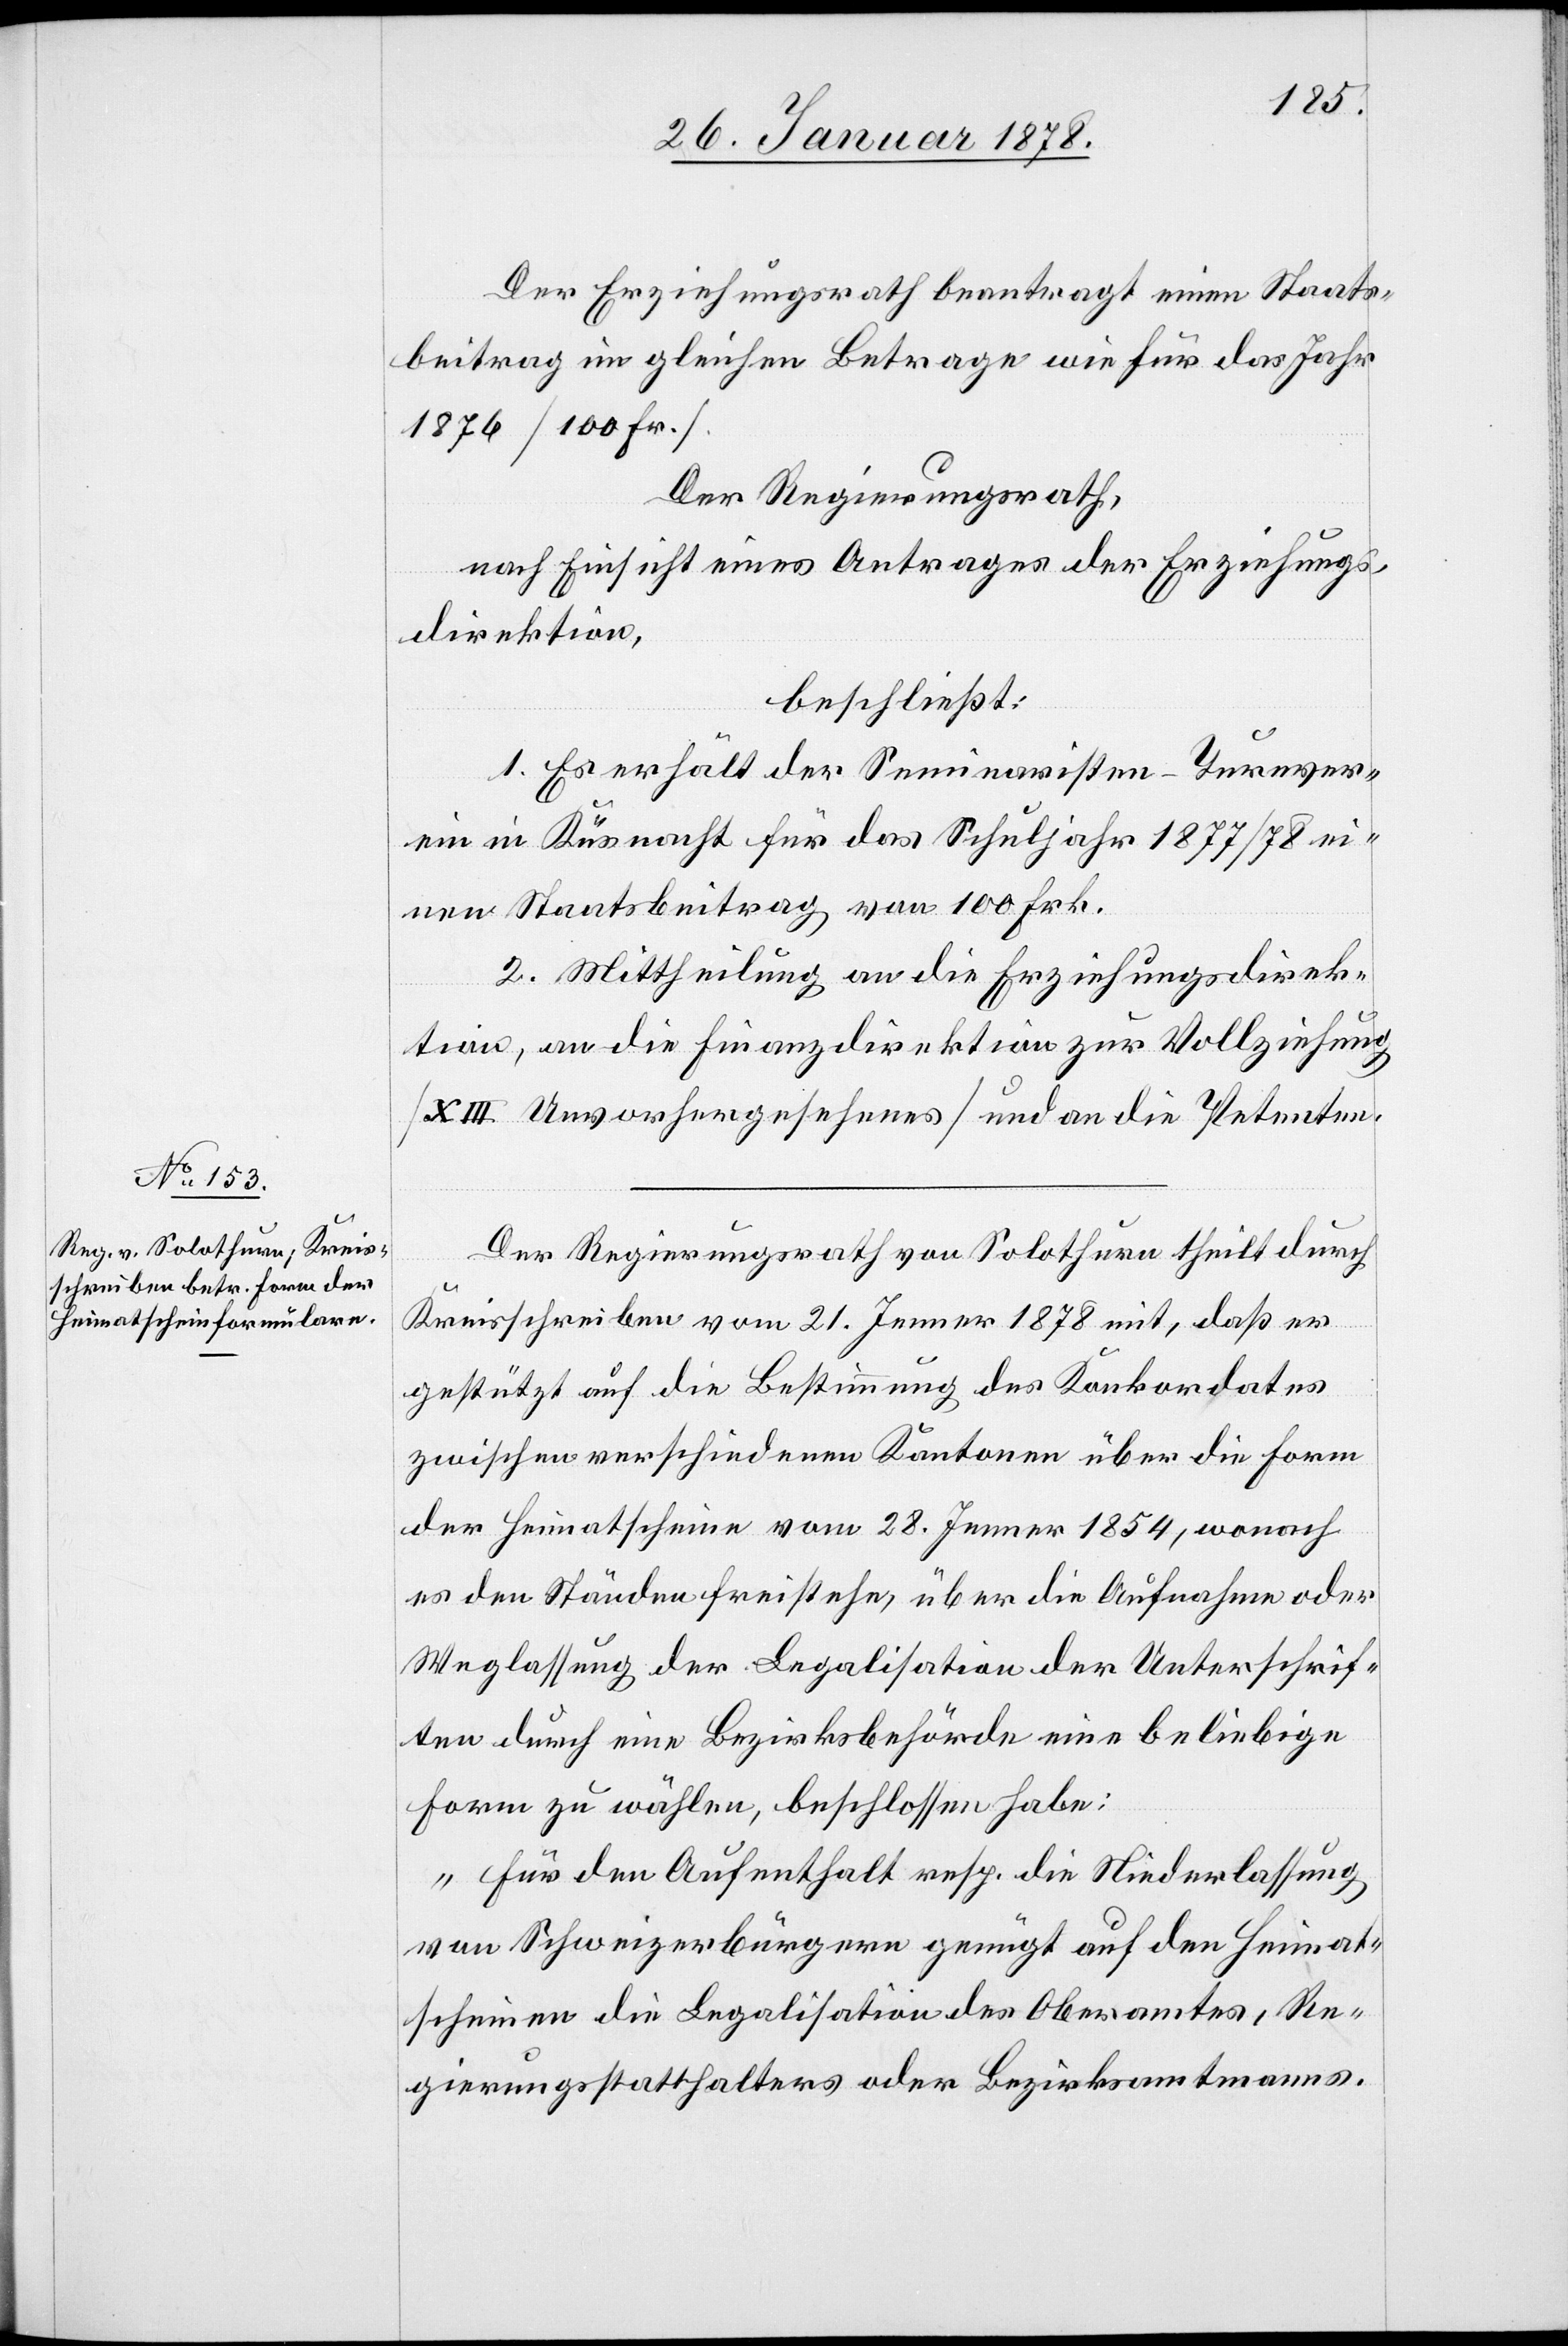
Der Erziehungsrath beantragt einen Staats¬
beitrag im gleichen Betrage wie für das Jahr
1876 (100 Fr.).
Der Regierungsrath,
nach Einsicht eines Antrages der Erziehungs¬
direktion,
beschließt:
1. Es erhält der Seminaristen-Turnver¬
ein in Küsnacht für das Schuljahr 1877 / 78 ei¬
nen Staatsbeitrag von 100 Frk.
2. Mittheilung an die Erziehungsdirek¬
tion, an die Finanzdirektion zur Vollziehung
(XIII Unvorhergesehenes) und an die Petenten.
Der Regierungsrath von Solothurn theilt durch
Kreisschreiben vom 21. Jenner 1878 mit, daß er
gestützt auf die Bestimmung des Konkordates
zwischen verschiedenen Kantonen über die Form
der Heimatscheine vom 28. Jenner 1854, wonach
es den Ständen freistehe, über die Aufnahme oder
Weglassung der Legalisation der Unterschrif¬
ten durch eine Bezirksbehörde eine beliebige
Form zu wählen, beschlossen habe:
„Für den Aufenthalt resp. die Niederlassung
von Schweizerbürgern genügt auf den Heimat¬
scheinen die Legalisation des Oberamtes, Re¬
gierungsstatthalters oder Bezirksamtmanns.